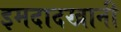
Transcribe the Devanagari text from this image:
इमदादखानी